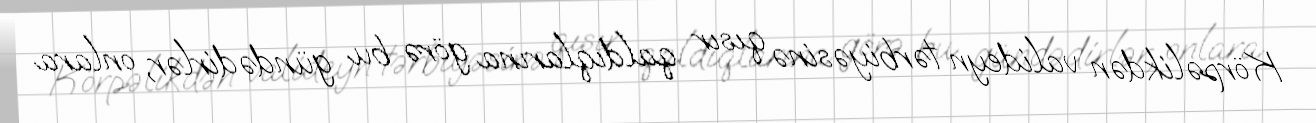
Körpəlikdən valideyn tərbiyəsinə qısır qaldıqlarına görə bu gündədirlər, onlara